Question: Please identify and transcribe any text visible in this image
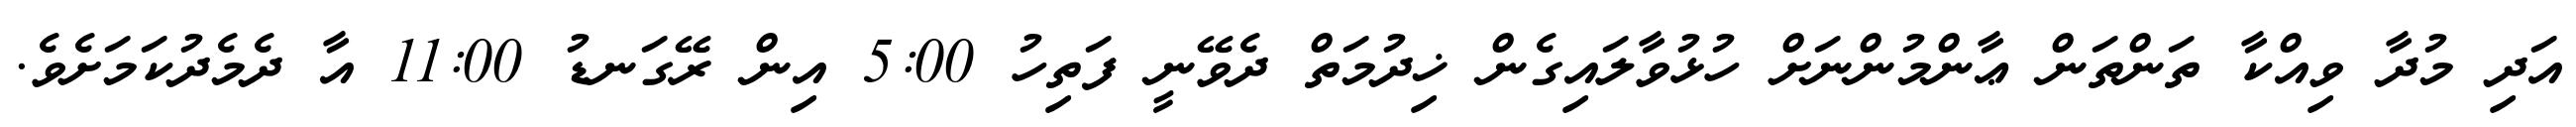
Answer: އަދި މުދާ ވިއްކާ ތަންތަން ޢާންމުންނަށް ހުޅުވާލައިގެން ޚިދުމަތް ދެވޭނީ ފަތިހު 5:00 އިން ރޭގަނޑު 11:00 އާ ދެމެދުކަމަށެވެ.